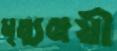
মৃত্যুঞ্জয়ী